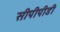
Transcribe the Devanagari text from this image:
सीपीपीडी